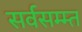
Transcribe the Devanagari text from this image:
सर्वसम्म्त